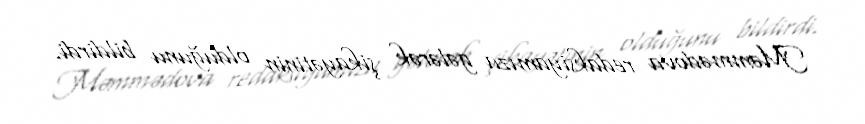
Məmmədova redaksiyamıza gələrək şikayətinin olduğunu bildirdi.